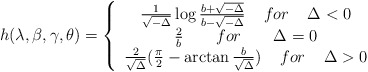
\begin{align*}h(\lambda ,\beta ,\gamma ,\theta) = \left\{\begin{array}{c}\frac{1}{\sqrt{-\Delta}} \log \frac{b+\sqrt{-\Delta}}{b-\sqrt{-\Delta}} \;\;\;\; for \;\;\;\; \Delta < 0 \\\frac{2}{b} \;\;\;\;\;\;\; for \;\;\;\;\;\;\; \Delta = 0 \\\frac{2}{\sqrt{\Delta}} (\frac{\pi}{2} - \arctan \frac{b}{\sqrt{\Delta}} ) \;\;\;\; for \;\;\;\; \Delta > 0 \end{array} \right.\end{align*}